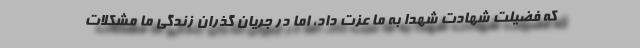
که فضیلت شهادت شهدا به ما عزت داد، اما در جریان گذران زندگی ما مشکلات